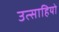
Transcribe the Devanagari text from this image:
उत्साहियो